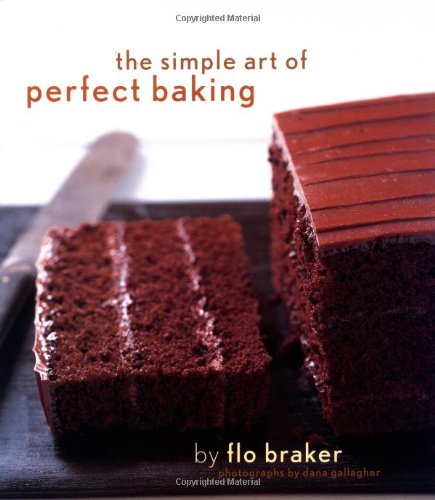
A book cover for The Simple Art of Perfect Baking; Flo Braker; Cookbooks, Food & Wine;